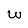
Character: w